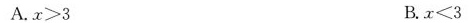
A.$$x > 3$$ B.$$x < 3$$